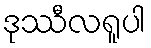
ဒုဿီလရူပါ